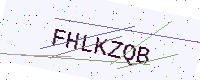
Text: FHLKZQB